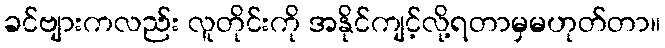
ခင်ဗျားကလည်း လူတိုင်းကို အနိုင်ကျင့်လို့ရတာမှမဟုတ်တာ။